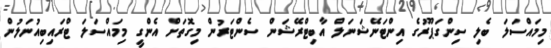
މިމައްސަލަ ބެލި ސިންގަޕޫރުގެ އިންޓަނޭޝަނަލް އާބިޓްރޭޝަން ސެންޓަރުން މިގޮތަށް އެންގީ މިމައްސަލަ ޓްރައިބިއުނަލުން